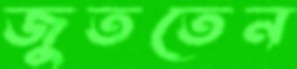
জুততেন